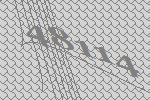
48114